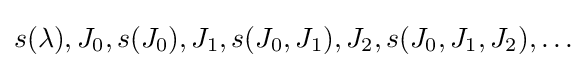
s(\lambda ),J_{0},s(J_{0}),J_{1},s(J_{0},J_{1}),J_{2},s(J_{0},J_{1},J_{2}),\ldots